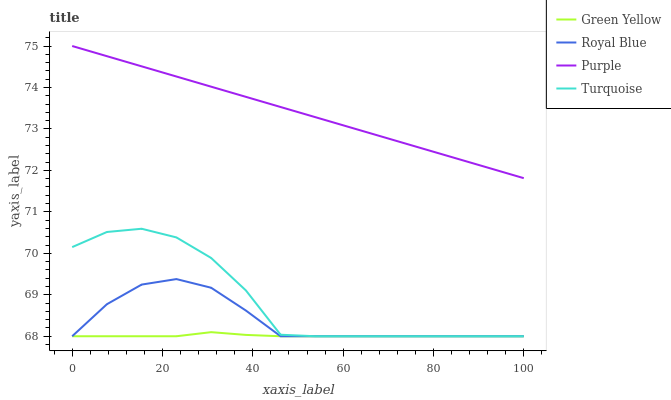
| xaxis_label | Green Yellow | Royal Blue | Purple | Turquoise |
 | --- | --- | --- | --- | --- |
 | 0 | 68 | 68 | 75 | 70.1 |
 | 7.69 | 68 | 68.8 | 74.8 | 70.5 |
 | 15.4 | 68 | 69.2 | 74.5 | 70.6 |
 | 23.1 | 68 | 69.4 | 74.3 | 70.4 |
 | 30.8 | 68.1 | 69.2 | 74 | 69.9 |
 | 38.5 | 68 | 68.6 | 73.8 | 69.1 |
 | 46.2 | 68 | 68 | 73.5 | 68 |
 | 53.8 | 68 | 68 | 73.3 | 68 |
 | 61.5 | 68 | 68 | 73 | 68 |
 | 69.2 | 68 | 68 | 72.8 | 68 |
 | 76.9 | 68 | 68 | 72.5 | 68 |
 | 84.6 | 68 | 68 | 72.3 | 68 |
 | 92.3 | 68 | 68 | 72.1 | 68 |
 | 100 | 68 | 68 | 71.8 | 68 |